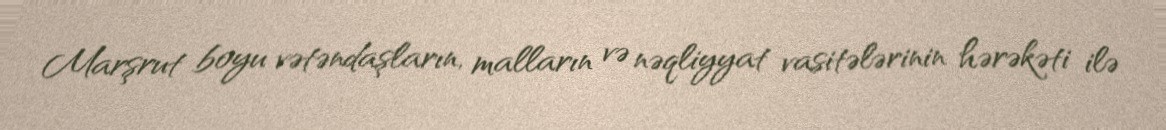
Marşrut boyu vətəndaşların, malların və nəqliyyat vasitələrinin hərəkəti ilə